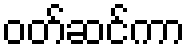
ဝတ်ဆင်ကာ